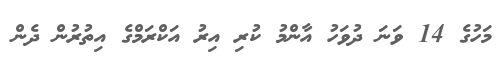
މަހުގެ 14 ވަނަ ދުވަހު އާންމު ކުރި އިރު އަކްރަމްގެ އިތުރުން ދެން